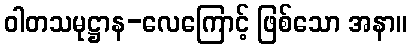
ဝါတသမုဋ္ဌာန-လေကြောင့် ဖြစ်သော အနာ။